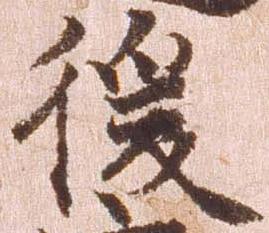
後